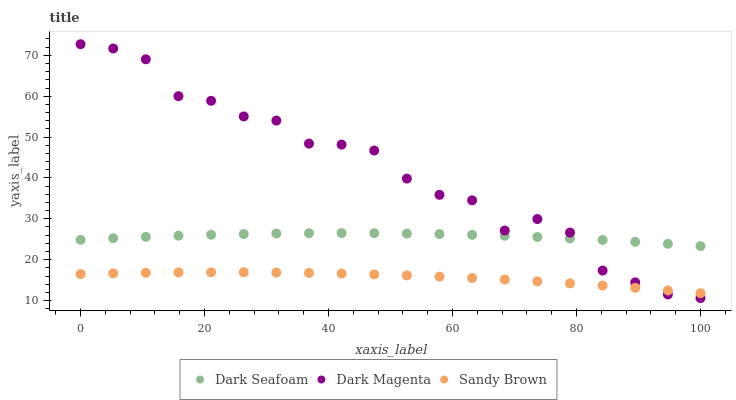
| xaxis_label | Dark Seafoam | Dark Magenta | Sandy Brown |
 | --- | --- | --- | --- |
 | 0 | 24.9 | 72.7 | 16.5 |
 | 5.26 | 25.2 | 71.7 | 16.7 |
 | 10.5 | 25.6 | 69 | 16.8 |
 | 15.8 | 25.9 | 60 | 16.9 |
 | 21.1 | 26.1 | 58.9 | 16.9 |
 | 26.3 | 26.3 | 55.1 | 16.9 |
 | 31.6 | 26.4 | 54 | 16.9 |
 | 36.8 | 26.5 | 48.4 | 16.8 |
 | 42.1 | 26.5 | 48.2 | 16.6 |
 | 47.4 | 26.5 | 46.7 | 16.4 |
 | 52.6 | 26.4 | 39.8 | 16.2 |
 | 57.9 | 26.3 | 35.9 | 15.9 |
 | 63.2 | 26.1 | 34.5 | 15.5 |
 | 68.4 | 25.8 | 27.1 | 15.1 |
 | 73.7 | 25.6 | 29.9 | 14.7 |
 | 78.9 | 25.2 | 26.6 | 14.2 |
 | 84.2 | 24.8 | 17.3 | 13.7 |
 | 89.5 | 24.4 | 14.5 | 13.1 |
 | 94.7 | 23.9 | 11.5 | 12.5 |
 | 100 | 23.3 | 10.6 | 11.8 |